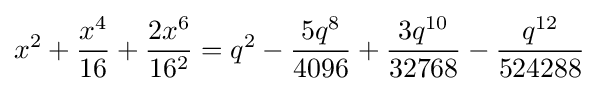
x^{2}+{\frac {x^{4}}{16}}+{\frac {2x^{6}}{16^{2}}}=q^{2}-{\frac {5q^{8}}{4096}}+{\frac {3q^{10}}{32768}}-{\frac {q^{12}}{524288}}